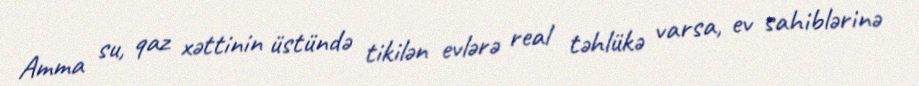
Amma su, qaz xəttinin üstündə tikilən evlərə real təhlükə varsa, ev sahiblərinə